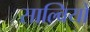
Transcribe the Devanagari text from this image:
साल्वियो